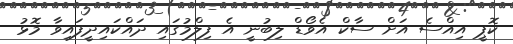
ކޮޕީ އިއްސެ އަށް ސާކް އެވޯޑް ލިބުނީ އެ ފިލްމުގައި ދައްކައިދީފައިވާ މޮޅު